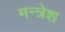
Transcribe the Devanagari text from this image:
मन्त्रेश